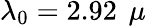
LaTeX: \lambda_{0}=2.92~\, \mu